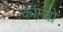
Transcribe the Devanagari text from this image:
कॉम्‍यो